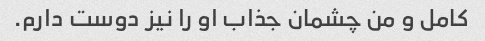
کامل و من چشمان جذاب او را نیز دوست دارم.